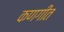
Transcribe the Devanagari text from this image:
कणगीत